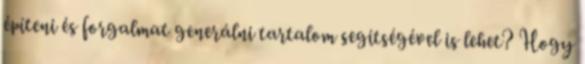
építeni és forgalmat generálni tartalom segítségével is lehet? Hogy